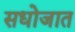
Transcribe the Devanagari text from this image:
सधोजात